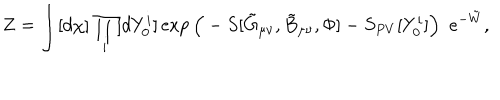
LaTeX: Z = \int [ d \chi ] \prod _ { i } [ d Y _ { 0 } ^ { i } ] \exp \Big ( - S [ \tilde { G } _ { \mu \nu } , \tilde { B } _ { \mu \nu } , \Phi ] - S _ { P V } [ Y _ { 0 } ^ { i } ] \Big ) \ \ e ^ { - \tilde { W } } , \nonumber \,